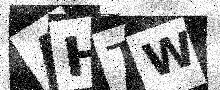
Text: AHTW